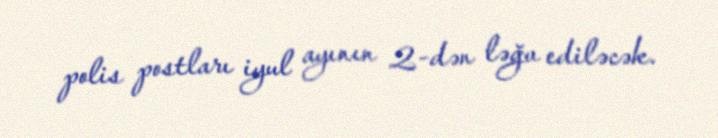
polis postları iyul ayının 2-dən ləğv ediləcək.